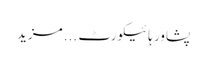
پشاور ہائیکورٹ ... مزید